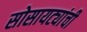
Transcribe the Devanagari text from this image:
सोसायट्यांची